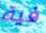
فية